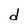
Character: d